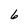
Character: 6